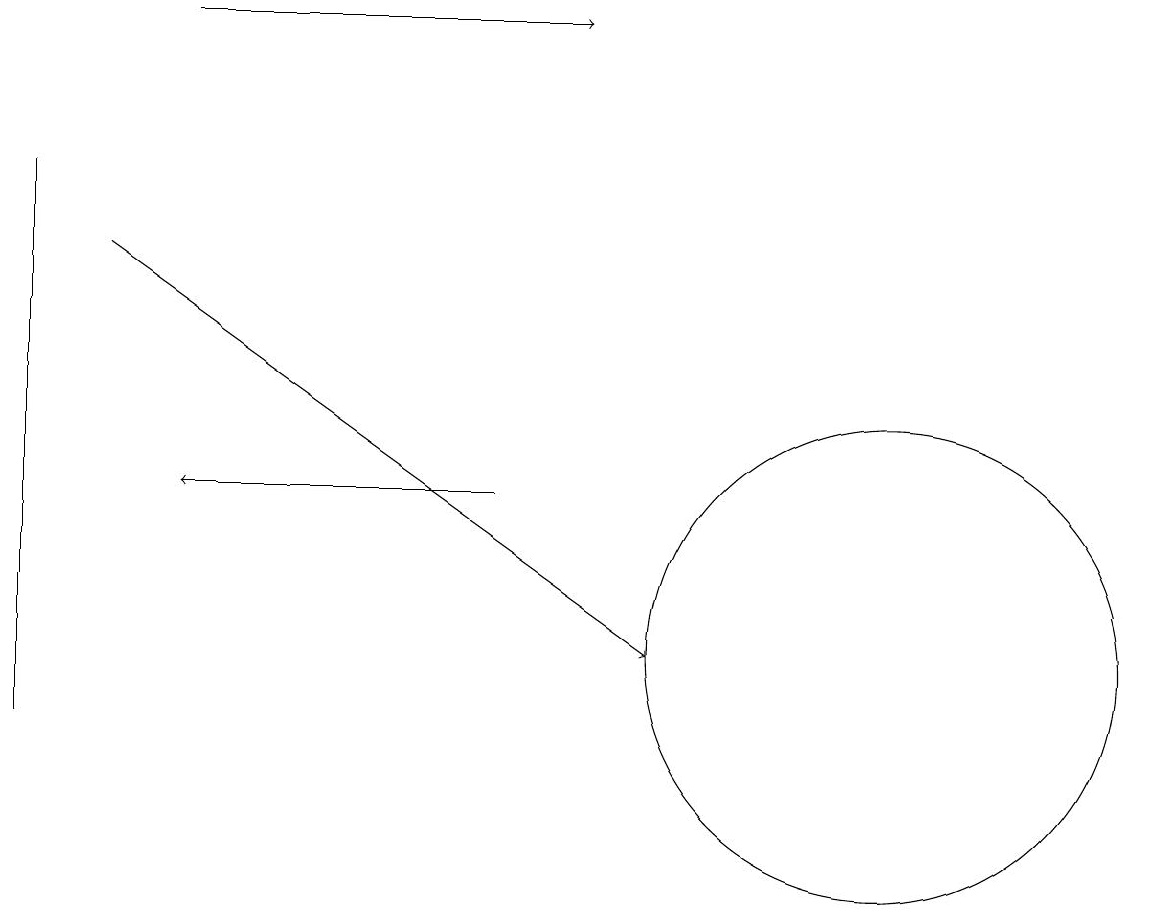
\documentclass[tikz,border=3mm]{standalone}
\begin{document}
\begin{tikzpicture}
\draw (11,10) circle (0);
\draw (11,11) circle (3);
\draw (0,10) rectangle (0,17);
\draw[->] (6,13) -- (2,13);
\draw[->] (1,16) -- (8,11);
\draw[->] (2,19) -- (7,19);
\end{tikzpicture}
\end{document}